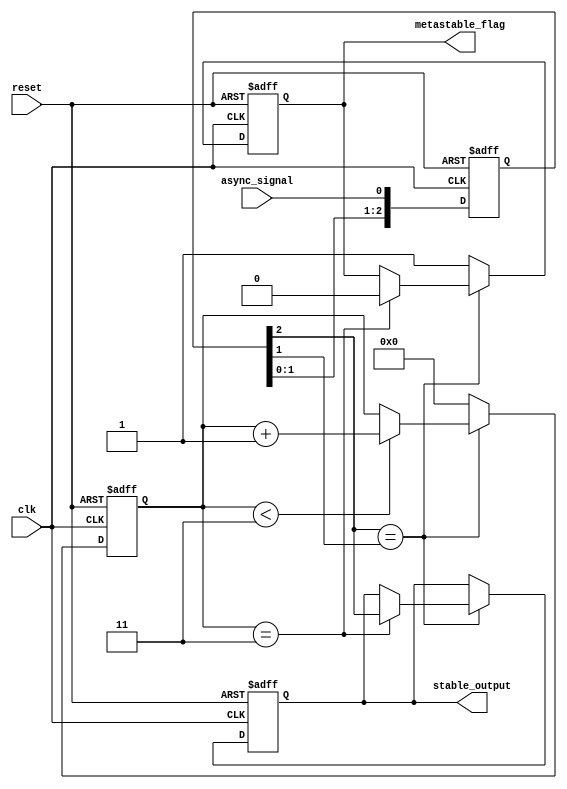
module metastability_detector #(
    parameter NUM_STAGES = 3, // Number of D flip-flops in the cascade
    parameter STABLE_THRESHOLD = 4 // Number of clock cycles to consider output stable
)(
    input wire clk,              // Sampling clock
    input wire reset,            // Reset signal
    input wire async_signal,     // Asynchronous input signal
    output reg metastable_flag,  // Metastability error flag
    output reg stable_output      // Final stable output
);

    // Internal signals for the flip-flops
    reg [NUM_STAGES-1:0] ff_chain; // Chain of flip-flops
    reg [STABLE_THRESHOLD-1:0] stable_counter; // Counter to track stability

    // Flip-flop chain for sampling the asynchronous signal
    always @(posedge clk or posedge reset) begin
        if (reset) begin
            ff_chain <= 0;
            stable_counter <= 0;
            metastable_flag <= 0;
            stable_output <= 0;
        end else begin
            // Shift the input through the flip-flop chain
            ff_chain <= {ff_chain[NUM_STAGES-2:0], async_signal};

            // Check if the last flip-flop output is stable
            if (ff_chain[NUM_STAGES-1] == ff_chain[NUM_STAGES-2]) begin
                // Increment stable counter if stable
                if (stable_counter < STABLE_THRESHOLD - 1) begin
                    stable_counter <= stable_counter + 1;
                end
                // If stable for enough cycles, update stable output
                if (stable_counter == STABLE_THRESHOLD - 1) begin
                    stable_output <= ff_chain[NUM_STAGES-1];
                    metastable_flag <= 0; // Clear metastable flag
                end
            end else begin
                // Reset stable counter if not stable
                stable_counter <= 0;
                metastable_flag <= 1; // Set metastable flag
            end
        end
    end

endmodule